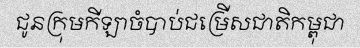
ជូនក្រុមកីឡាចំបាប់ជម្រើសជាតិកម្ពុជា